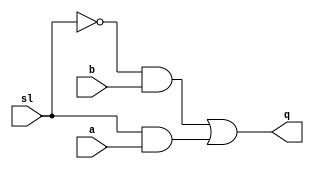
`timescale 1ns / 1ps
//////////////////////////////////////////////////////////////////////////////////
// Company: 
// Engineer: 
// 
// Design Name: 
// Module Name:    piso_Reg 
// Project Name: 
// Target Devices: 
// Tool versions: 
// Description: 
//
// Dependencies: 
//
// Revision: 
// Revision 0.01 - File Created
// Additional Comments: 
//
//////////////////////////////////////////////////////////////////////////////////
module s1(a, b, sl ,q);
    input a,b,sl;
    output q;
    assign q=(~sl&b)|(sl&a);
endmodule
module dff(d,clk,q);
    input d,clk;
    output q;
    reg q=0;
    always @ (posedge clk)
    begin
    q<=d;
    end
endmodule

module piso_reg(d, clk, sl, q);
    input [3:0]d;
input clk,sl;
    output q;
    wire q1,q2,q3,d1,d2,d3;
    dff a(d[3],clk,q1);
    s1 a1(q1,d[2],sl,d1);
    dff b(d1,clk,q2);
    s1 b1(q2,d[1],sl,d2);
    dff c(d2,clk,q3);
    s1 c1(q3,d[0],sl,d3);
    dff dd(d3,clk,q);
endmodule